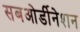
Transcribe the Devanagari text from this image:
सबओर्डीनेशन